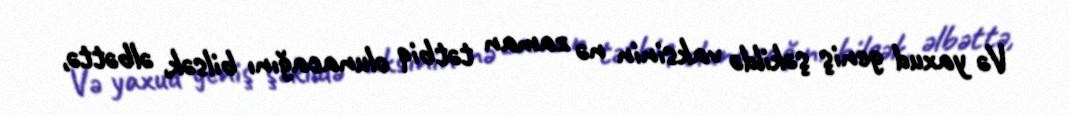
Və yaxud geniş şəkildə vaksinin nə zaman tətbiq olunacağını bilsək, əlbəttə,